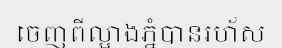
ចេញពីល្អាងភ្នំបានរហ័ស